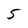
Character: 5